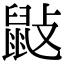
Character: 𪔿